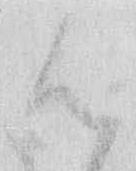
御